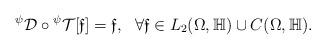
LaTeX: \begin{align*}{}^{\psi}\mathcal D \circ{}^{\psi}\mathcal T[\mathfrak{ f}]=\mathfrak {f}, \ \ \forall \mathfrak{ f}\in L_2(\Omega,\mathbb H)\cup C(\Omega,\mathbb H).\end{align*}